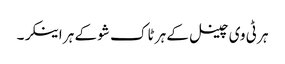
ہر ٹی وی چینل کے ہر ٹاک شو کے ہر اینکر۔